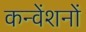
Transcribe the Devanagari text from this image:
कन्वेंशनों